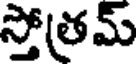
స్తోత్రమ్